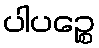
ပါပဉ္စေ